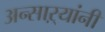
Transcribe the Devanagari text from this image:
अन्साऱ्यांनी